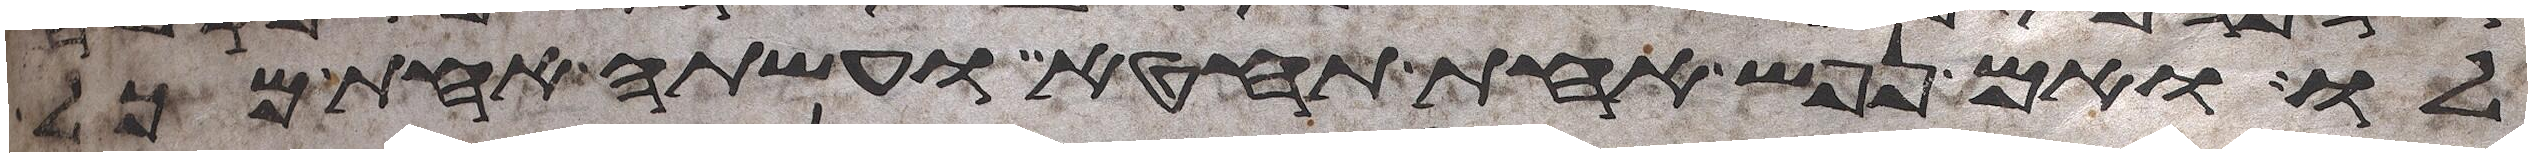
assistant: לו ואם נפש אחת תחטא ועשתה אחת מכל